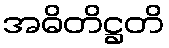
အဓိတိဋ္ဌတိ